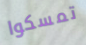
تمسكوا